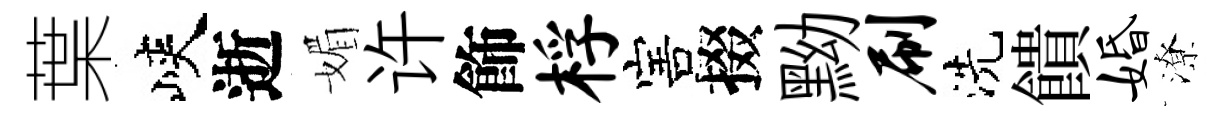
葉峽逝媚许飾桴害掇黝刷洗饋婚潦